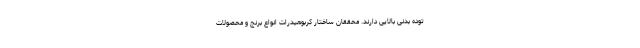
توده بدنی بالایی دارند. محققان ساختار کربوهیدرات انواع برنج و محصولات